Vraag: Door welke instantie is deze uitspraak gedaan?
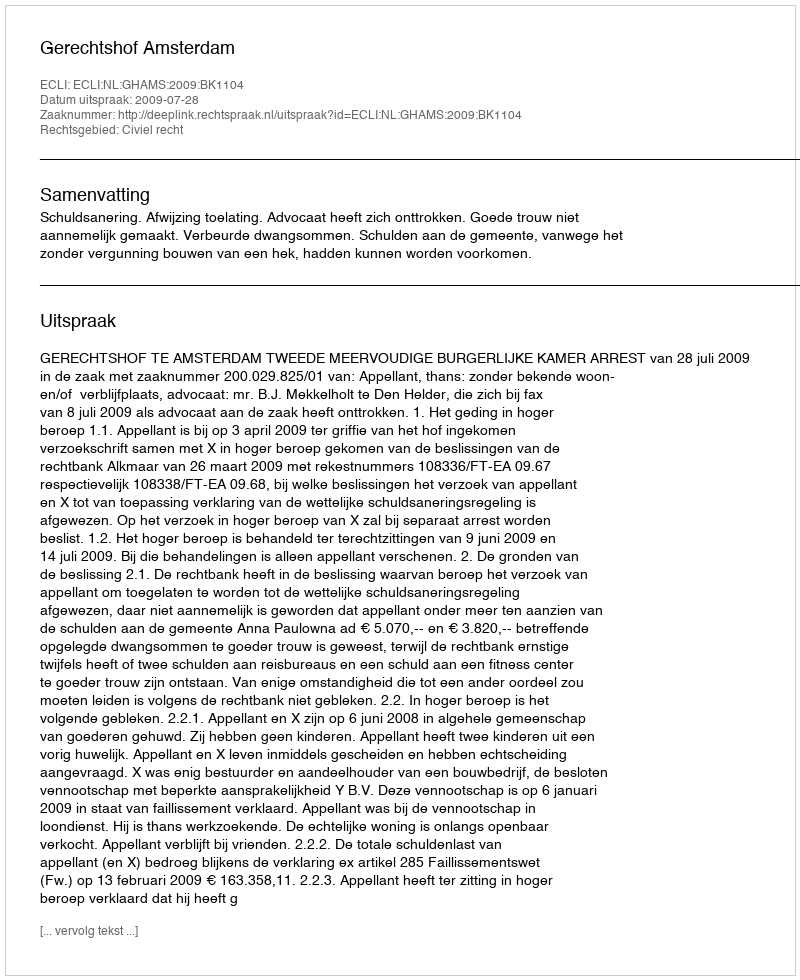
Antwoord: Gerechtshof Amsterdam